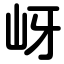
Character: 岈